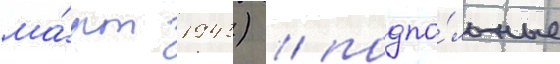
ма́рт 1943) / подпо́льные